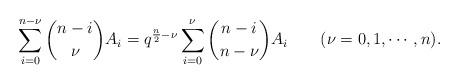
LaTeX: \begin{align*}\sum_{i=0}^{n-\nu} {{n-i}\choose{\nu}} A_i = q^{\frac{n}{2}-\nu} \sum_{i=0}^\nu {{n-i}\choose{n-\nu}} A_i\qquad(\nu=0,1,\cdots, n).\end{align*}